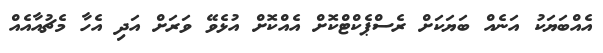
އެއްބަޔަކު އަނެއް ބަޔަކަށް ރެސްޕެކްޓްކޮށް އެއްކޮށް އުޅެވޭ ވަރަށް އަދި އެހާ މެޗުއާއެއް